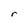
Character: r